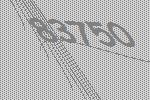
83750